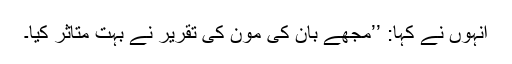
انہوں نے کہا: ’’مجھے بان کی مون کی تقرير نے بہت متاثر کيا۔